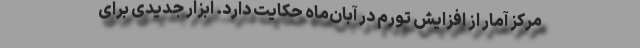
مرکز آمار از افزایش تورم در آبان‌ماه حکایت دارد. ابزار جدیدی برای